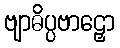
ဗျာဓိပ္ပဗာဠှော